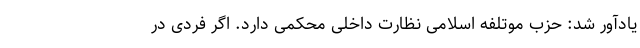
یادآور شد: حزب موتلفه اسلامی نظارت داخلی محکمی دارد. اگر فردی در